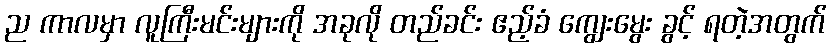
ည ကာလမှာ လူကြီးမင်းများကို အခုလို တည်ခင်း ဧည့်ခံ ကျွေးမွေး ခွင့် ရတဲ့အတွက်